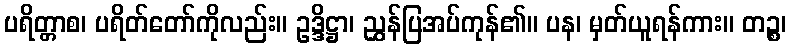
ပရိတ္တာစ၊ ပရိတ်တော်ကိုလည်း။ ဥဒ္ဒိဋ္ဌာ၊ ညွှန်ပြအပ်ကုန်၏။ ပန၊ မှတ်ယူရန်ကား။ တဉ္စ၊